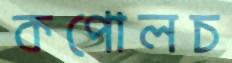
কপোলচ